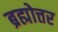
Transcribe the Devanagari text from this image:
ब्रह्मोत्तर